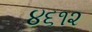
૪૬૧૨